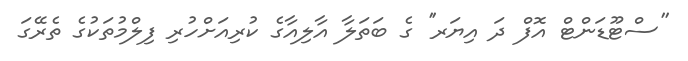
''ސްޓޫޑަންޓް އޮފް ދަ އިޔަރ'' ގެ ބަތަލާ އާލިއާގެ ކުރިއަށްހުރި ފިލްމުތަކުގެ ތެރޭގަ